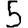
Digit: 5